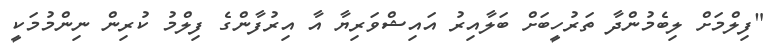
"ފިލްމަށް ލިބެމުންދާ ތަރުހީބަށް ބަލާއިރު އައިޝްވަރިޔާ އާ އިރުފާންގެ ފިލްމު ކުރިން ނިންމުމަކީ